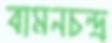
বামনচন্দ্র